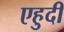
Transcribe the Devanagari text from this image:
एहुदी